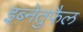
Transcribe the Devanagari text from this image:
इब्नेतुफैल